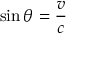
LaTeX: \sin \theta = { \frac { v } { c } }